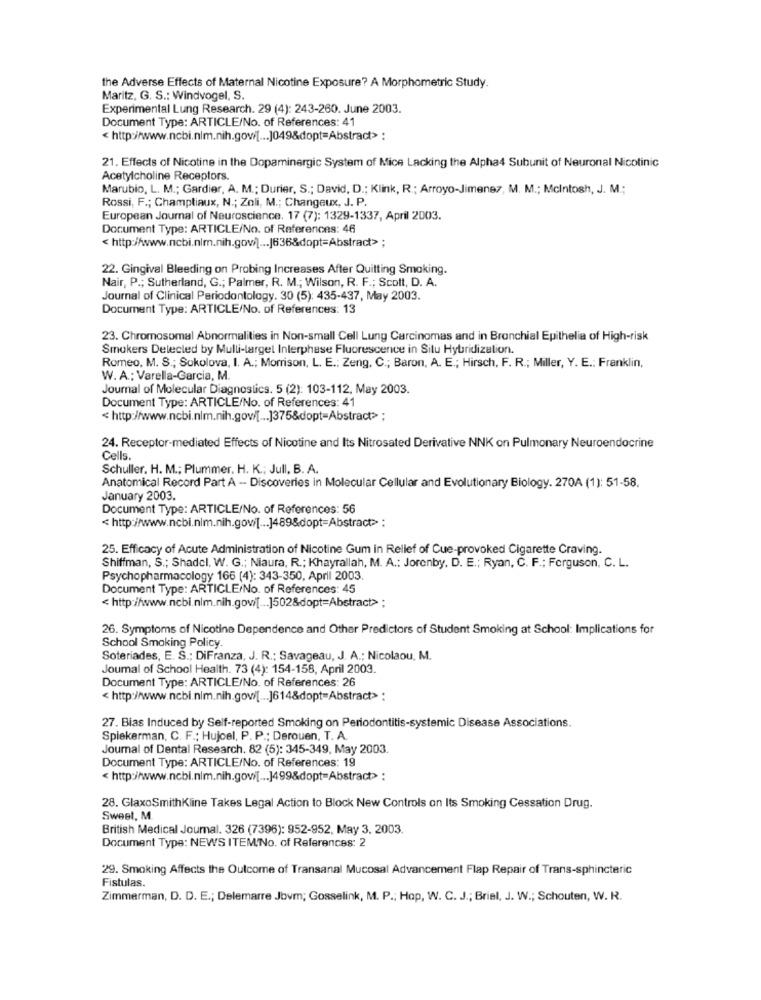
the Adverse Effects of Maternal Nicotine Exposure? A Morphometric Study.
Maritz, G. S .: Windvogel, S.
Experimental Lung Research. 29 (4): 243-260. June 2003.
Document Type: ARTICLE/No. of References: 41
< http://www.ncbi.nlm.nih.gow[ ... ]049&dopt=Abstract> :
21. Effects of Nicotine in the Dopaminergic System of Mice Lacking the Alpha4 Subunit of Neuronal Nicotinic
Acetylcholine Receptors.
Marubio, L. M .; Gardier, A. M .; Durier, S .; David, D .; Klink, R .; Arroyo-Jimenez, M. M .; Mcintosh, J. M .;
Rossi, F .; Champliaux, N .; Zoli, M .; Changeux, J. P.
European Journal of Neuroscience. 17 (7): 1329-1337, April 2003.
Document Type: ARTICLE/No. of References: 46
< http://www.ncbi.nlm.nih.gov/[ ... |636&dopt=Abstract> ;
22. Gingival Bleeding on Probing Increases After Quitting Smoking.
Nair, P .; Sutherland, G .; Palmer, R. M .; Wilson, R. F .; Scott, D. A.
Journal of Clinical Periodontology. 30 (5): 435-437, May 2003.
Document Type: ARTICLE/No. of References: 13
23. Chromosomal Abnormalities in Non-small Cell Lung Carcinomas and in Bronchial Epithelia of High-risk
Smokers Detected by Mulli-target Interphase Fluorescence in Situ Hybridization.
Romeo, M. S .; Sokolova, I. A .; Morrison, L. E .: Zeng, C .; Baron, A. E .; Hirsch, F. R .; Miller, Y. E .: Franklin,
W. A .; Varella-Garcia, M.
Journal of Molecular Diagnostics. 5 (2): 103-112, May 2003.
Document Type: ARTICLE/No. of References: 41
< http://www.ncbi.nlm.nih.gov/[ ... ]375&dopt-Abstract> ;
24. Receptor-mediated Effects of Nicotine and Its Nitrosated Derivative NNK on Pulmonary Neuroendocrine
Cells.
Schuller. H. M .; Plummer. H. K .; Jull, B. A.
Anatomical Record Part A -- Discoveries in Molecular Cellular and Evolutionary Biology. 270A (1): 51-58.
January 2003.
Document Type: ARTICLE/No. of References: 56
< http://www.ncbi.nlm.nih.gov/[ ... ]489&dopt=Abstract> :
25. Efficacy of Acute Administration of Nicotine Gum in Relief of Cue-provoked Cigarette Craving.
Shiffman, S .; Shadcl. W. G .; Niaura, R .; Khayrallah, M. A .: Jorenby, D. E .; Ryan, C. F .; Ferguson, C. L.
Psychopharmacology 166 (4): 343-350, April 2003.
Document Type: ARTICLE/No. of References: 45
< http://www.ncbi.nim.nih.gov/[ ... ]502&dopt=Abstract> ;
26. Symptoms of Nicotine Dependence and Other Predictors of Student Smoking at School: Implications for
School Smoking Policy.
Soteriades, E. S .; DiFranza, J. R .: Savageau, J. A .; Nicolaou, M.
Joumal of School Health. 73 (4): 154-158, April 2003.
Document Type: ARTICLE/No. of References: 26
< http://www.ncbi.nim.nih.gov/[ ... ]614&dopt=Abstract> :
27. Bias Induced by Self-reported Smoking on Periodontitis-systemic Disease Associations.
Spiekerman, C. F .: Hujoel, P. P .: Derouen, T. A.
Journal of Dental Research. 82 (5): 345-349, May 2003.
Document Type: ARTICLE/No. of References: 19
< http://www.ncbi.nim.nih.govi[ ... ]499&dopt=Abstract> :
28. GlaxoSmithKline Takes Legal Action to Block New Controls on Its Smoking Cessation Drug.
Sweet, M
British Medical Journal. 326 (7396): 952-952, May 3. 2003.
Document Type: NEWS ITEM No. of References: 2
29. Smoking Affects the Outcome of Transanal Mucosal Advancement Flap Repair of Trans-sphincteric
Fistulas.
Zimmerman, D. D. E .; Delemarre Jbvm; Gosselink, M. P .; Hop, W. C. J .; Briel, J. W .; Schouten, W. R.